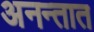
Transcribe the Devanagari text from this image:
अनन्तात